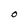
Character: O